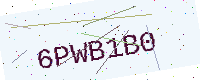
Text: 6PWB1B0